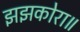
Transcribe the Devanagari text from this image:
झझकोरा॥